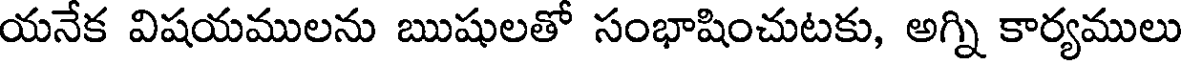
యనేక విషయములను ఋషులతో సంభాషించుటకు, అగ్ని కార్యములు